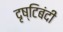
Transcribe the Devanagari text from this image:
दृष्टिबंदी